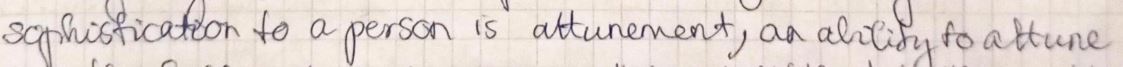
sophistication to a person is'attunement, an ability to attune